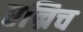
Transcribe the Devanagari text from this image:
एन्रिच